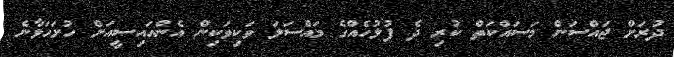
ދުރަށް ޖައްސަން މަސައްކަތް ކުރި ދެ ފުލުހެއްގެ މައްސަލަ ވަކިވަކިން އެންއައިސީއަށް ހުށަހަޅާނެ